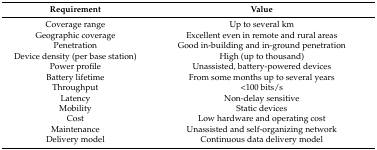
| Requirement | Value |
 | --- | --- |
 | Coverage range | Up to several km |
 | Geographic coverage | Excellent even in remote and rural areas |
 | Penetration | Good in-building and in-ground penetration |
 | Device density (per base station) | High (up to thousand) |
 | Power profile | Unassisted, battery-powered devices |
 | Battery lifetime | From some months up to several years |
 | Throughput | <100 bits/s |
 | Latency | Non-delay sensitive |
 | Mobility | Static devices |
 | Cost | Low hardware and operating cost |
 | Maintenance | Unassisted and self-organizing network |
 | Delivery model | Continuous data delivery model |